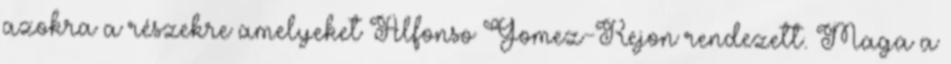
azokra a részekre amelyeket Alfonso Gomez-Rejon rendezett. Maga a